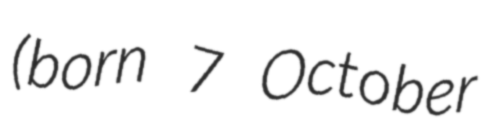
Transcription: (born 7 October